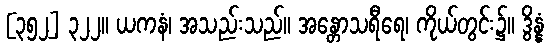
[၃၅၂] ၃၂၂။ ယကနံ၊ အသည်းသည်။ အန္တောသရီရေ၊ ကိုယ်တွင်း၌။ ဒွိန္နံ